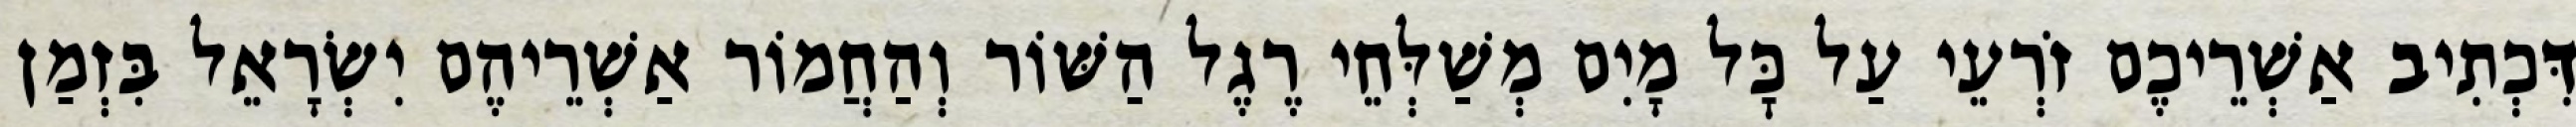
דִּכְתִיב אַשְׁרֵיכֶם זֹרְעֵי עַל כׇּל מָיִם מְשַׁלְּחֵי רֶגֶל הַשּׁוֹר וְהַחֲמוֹר אַשְׁרֵיהֶם יִשְׂרָאֵל בִּזְמַן